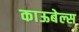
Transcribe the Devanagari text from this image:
काऊबेल्स